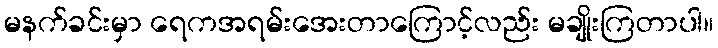
မနက်ခင်းမှာ ရေကအရမ်းအေးတာကြောင့်လည်း မချိုးကြတာပါ။